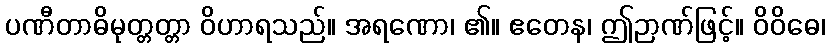
ပဏီတာဓိမုတ္တတ္တာ ဝိဟာရသည်။ အရဏော၊ ၏။ ဧတေန၊ ဤဉာဏ်ဖြင့်။ ဝိဝိဓေ၊